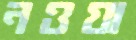
নওয়া